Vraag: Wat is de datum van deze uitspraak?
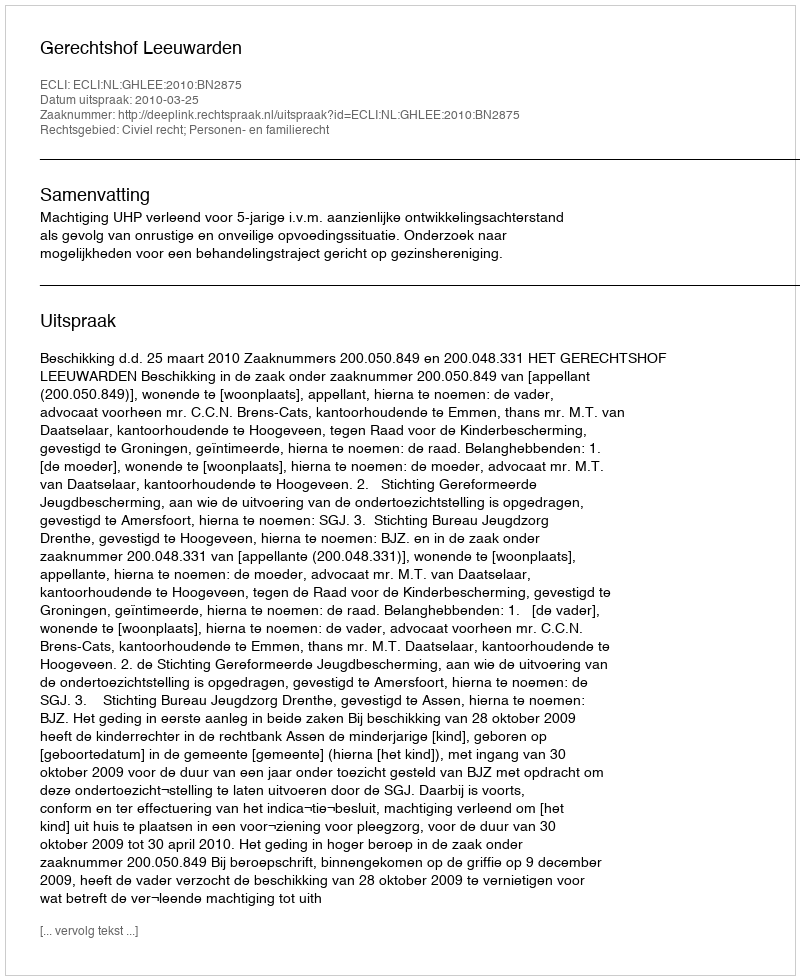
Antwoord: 2010-03-25